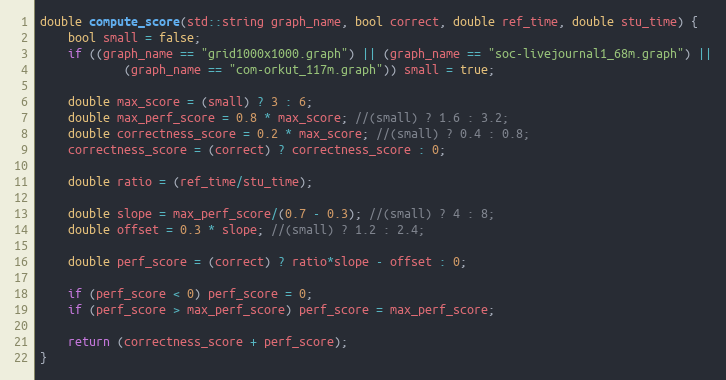
Language: C++
double compute_score(std::string graph_name, bool correct, double ref_time, double stu_time) {
    bool small = false;
    if ((graph_name == "grid1000x1000.graph") || (graph_name == "soc-livejournal1_68m.graph") ||
            (graph_name == "com-orkut_117m.graph")) small = true;

    double max_score = (small) ? 3 : 6;
    double max_perf_score = 0.8 * max_score; //(small) ? 1.6 : 3.2;
    double correctness_score = 0.2 * max_score; //(small) ? 0.4 : 0.8;
    correctness_score = (correct) ? correctness_score : 0;

    double ratio = (ref_time/stu_time);

    double slope = max_perf_score/(0.7 - 0.3); //(small) ? 4 : 8;
    double offset = 0.3 * slope; //(small) ? 1.2 : 2.4;

    double perf_score = (correct) ? ratio*slope - offset : 0;

    if (perf_score < 0) perf_score = 0;
    if (perf_score > max_perf_score) perf_score = max_perf_score;

    return (correctness_score + perf_score);
}